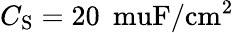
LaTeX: C_{\mathrm{S}}=20\: \mathrm{\ muF/cm^{2}}